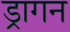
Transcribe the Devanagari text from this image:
ड्रागन